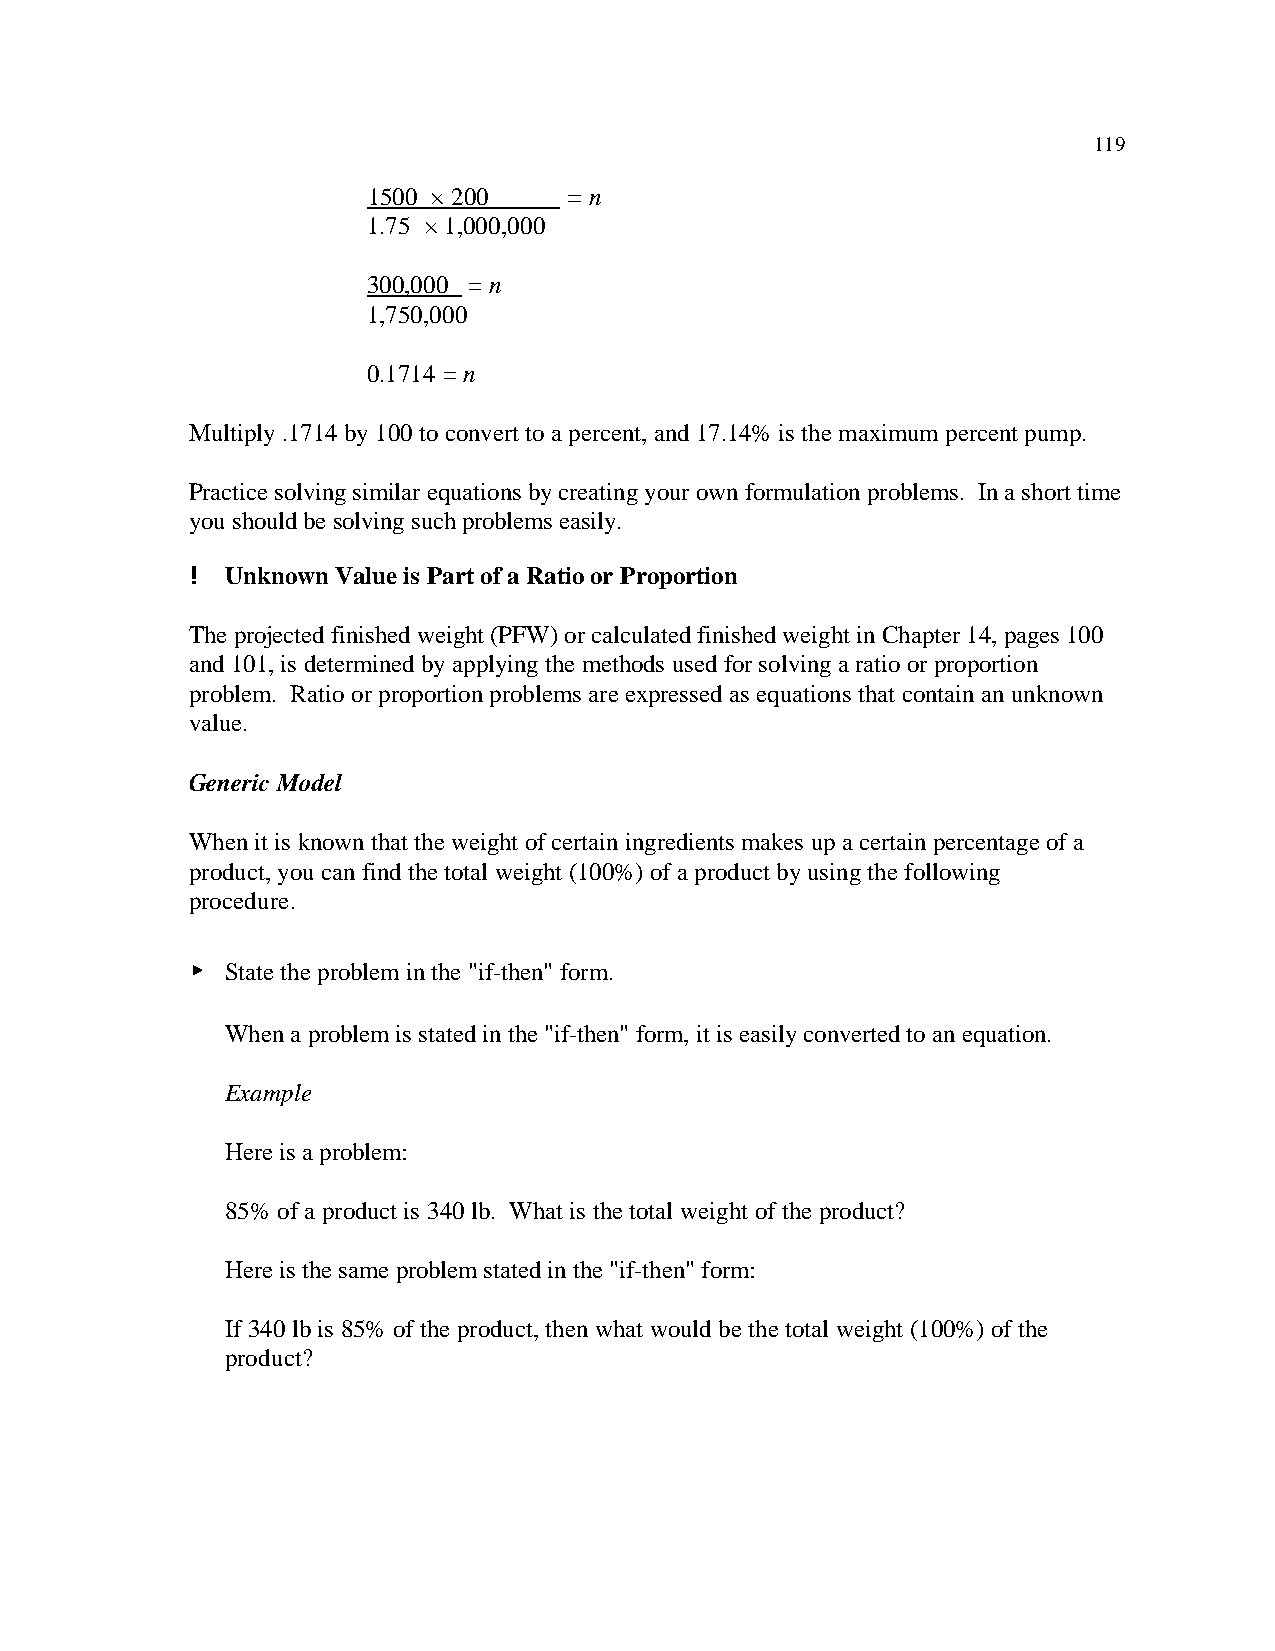
119
 1500 × 200    = n
 1.75 × 1,000,000
 300,000 = n
 1,750,000
 0.1714 = n
 Multiply .1714 by 100 to convert to a percent, and 17.14% is the maximum percent pump.
 Practice solving similar equations by creating your own formulation problems. In a short time
 you should be solving such problems easily.
 ! Unknown Value is Part of a Ratio or Proportion
 The projected finished weight (PFW) or calculated finished weight in Chapter 14, pages 100
 and 101, is determined by applying the methods used for solving a ratio or proportion
 problem. Ratio or proportion problems are expressed as equations that contain an unknown
 value.
 Generic Model
 When it is known that the weight of certain ingredients makes up a certain percentage of a
 product, you can find the total weight (100%) of a product by using the following
 procedure.
 < State the problem in the "if-then" form.
 When a problem is stated in the "if-then" form, it is easily converted to an equation.
 Example
 Here is a problem:
 85% of a product is 340 lb. What is the total weight of the product?
 Here is the same problem stated in the "if-then" form:
 If 340 lb is 85% of the product, then what would be the total weight (100%) of the
 product?